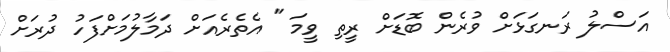
އަސްލު ރަނގަޅަށް ވުރެން ބޮޑަށް ރީތި ވީމަ " އެތެރެއަށް ދަމާލުމަށްފަހު ދުރަށް